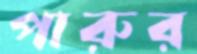
পারুর